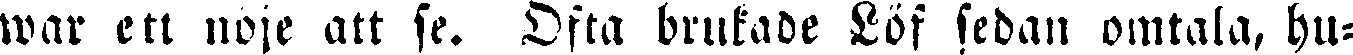
war ett nöje att se. Ofta brukade Löf sedan omtala, hu-